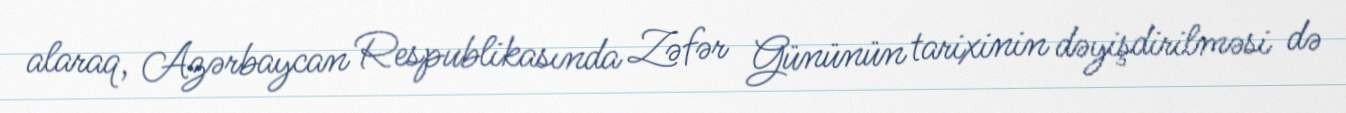
alaraq, Azərbaycan Respublikasında Zəfər Gününün tarixinin dəyişdirilməsi də